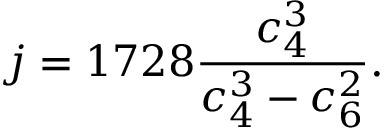
j = 1 7 2 8 { \frac { c _ { 4 } ^ { 3 } } { c _ { 4 } ^ { 3 } - c _ { 6 } ^ { 2 } } } .